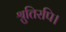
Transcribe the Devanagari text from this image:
श्रुतिरपि।